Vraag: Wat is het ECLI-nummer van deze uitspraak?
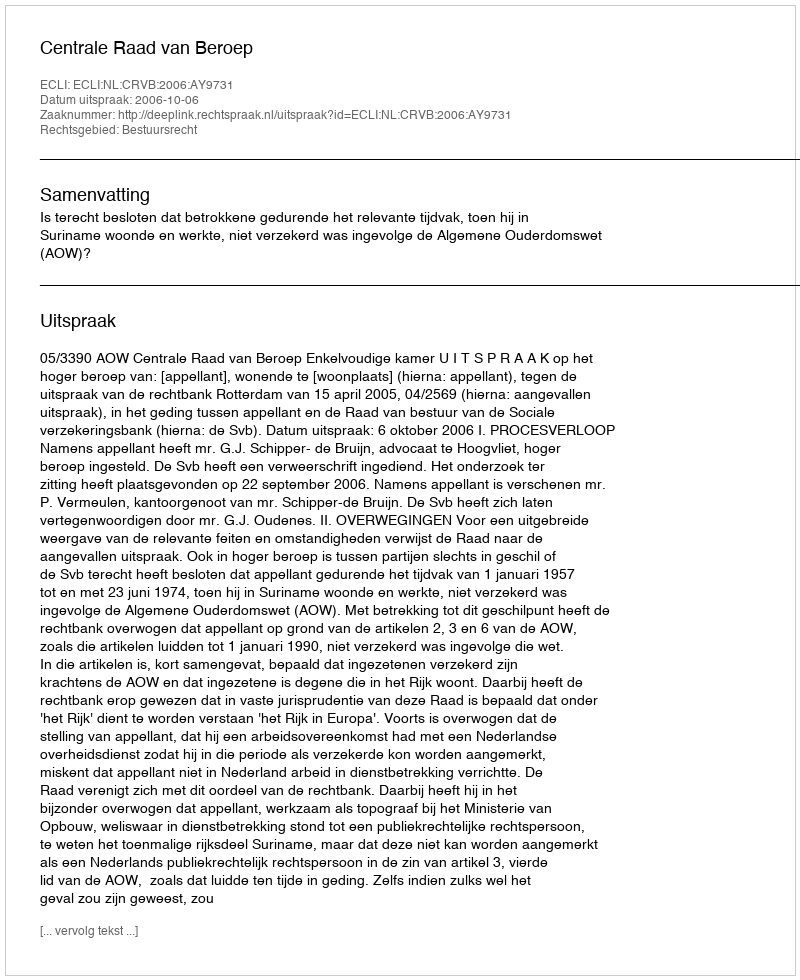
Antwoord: ECLI:NL:CRVB:2006:AY9731